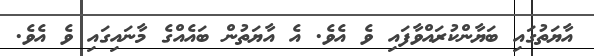
އާޔަތުގައި ބަޔާންކުރައްވާފައި ވެ އެވެ. އެ އާޔަތުން ބައެއްގެ މާނައިގައި ވެ އެވެ.